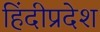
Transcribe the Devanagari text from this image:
हिंदीप्रदेश